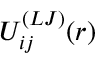
U _ { i j } ^ { ( L J ) } ( r )